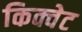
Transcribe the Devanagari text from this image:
किक्वेट